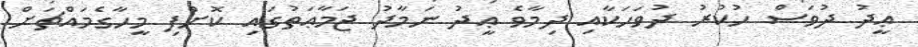
ޢީދު ދުވަސް ހުކުރު ދުވަހަކާއި ދިމާވެ ޢީދު ނަމާދު ޖަމާޢަތުގައި ކޮށްފި މީހާގެމައްޗަށް